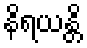
နိရယန္တိ